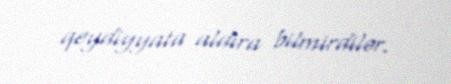
qeydiyyata aldıra bilmirdilər.